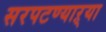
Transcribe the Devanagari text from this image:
सरपटण्याऱ्या